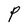
Character: P